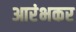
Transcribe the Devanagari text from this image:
आरंभकर